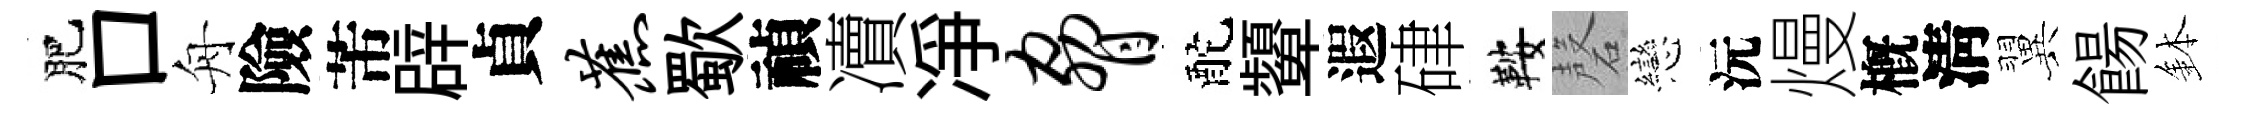
肥口舟險芾辟貞蕉歜禎凟凈胁酡顰遐硉鞍磬戀沅熳槪淸翼餳鉢